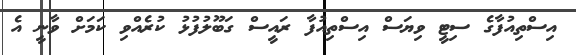
އިސްތިއުފާގެ ސިޓީ ވިޔަސް އިސްތިއުފާ ރައީސް ގަބޫލުފުޅު ކުރެއްވި ކަމަށް ވާނީ އެ